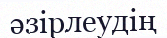
әзірлеудің